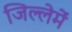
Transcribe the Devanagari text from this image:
जिल्लेमें